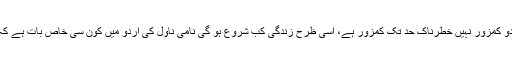
عمیرہ اور نمرہ کی اپنی اردو کمزور نہیں خطرناک حد تک کمزور ہے، اسی ظرح زندگی کب شروع ہو گی نامی ناول کی اردو میں کون سی خاص بات ہے کہ قارئین کا ذوق بہتر ہو گا؟